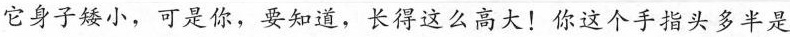
它身子矮小，可是你，要知道，长得这么高大!你这个手指头多半是